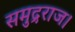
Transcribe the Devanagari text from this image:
समुद्रराज।